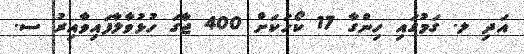
އަދި ލ. ގަމުގައި ހިންގާ 17 ކޯހަކަށް 400 ޖާގަ ހުޅުވާލާފައިވާއިރު ސ.